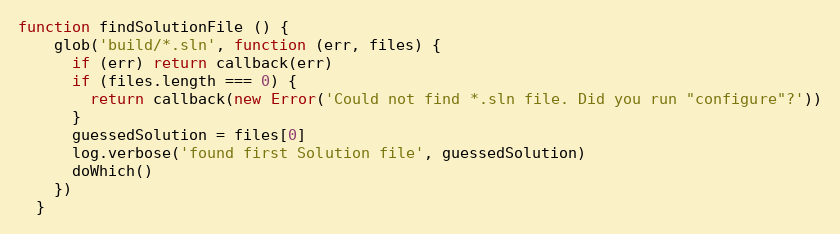
Language: JavaScript
function findSolutionFile () {
    glob('build/*.sln', function (err, files) {
      if (err) return callback(err)
      if (files.length === 0) {
        return callback(new Error('Could not find *.sln file. Did you run "configure"?'))
      }
      guessedSolution = files[0]
      log.verbose('found first Solution file', guessedSolution)
      doWhich()
    })
  }